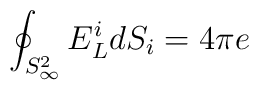
\oint _{S^2_{\infty}} E^i_L dS_i = 4 \pi e